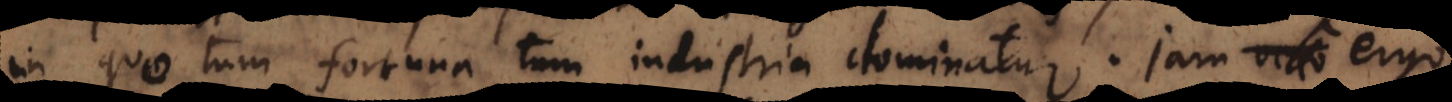
in quo tum fortuna tum industria dominatur. Jam ergo